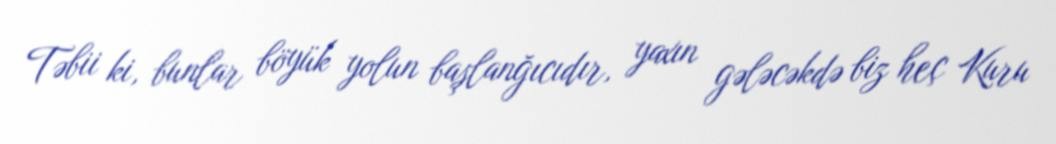
Təbii ki, bunlar böyük yolun başlanğıcıdır, yaxın gələcəkdə biz heç Kuru